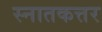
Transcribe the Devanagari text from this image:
स्नातकत्तर